画像に写った文字を読んでください
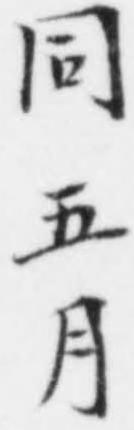
「同五月」と書いてあります